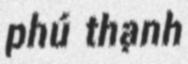
phú thạnh